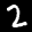
Label: 2